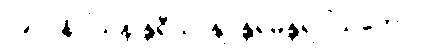
၂၉၂။ နိဝါသန န္တရီယာနျ၊ န္တရမန္တရဝါသကော။